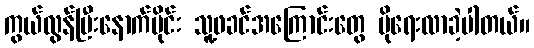
ကွယ်လွန်ပြီးနောက်ပိုင်း သူ့ဖခင်အကြောင်းတွေ ပိုရေးလာခဲ့ပါတယ်။